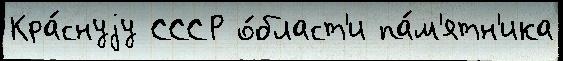
Кра́снуjу СССР о́бласт'и па́м'ятн'ика